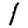
Digit: 1